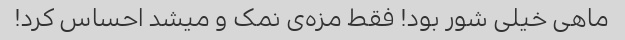
ماهی خیلی شور بود! فقط مزه‌ی نمک و میشد احساس کرد!